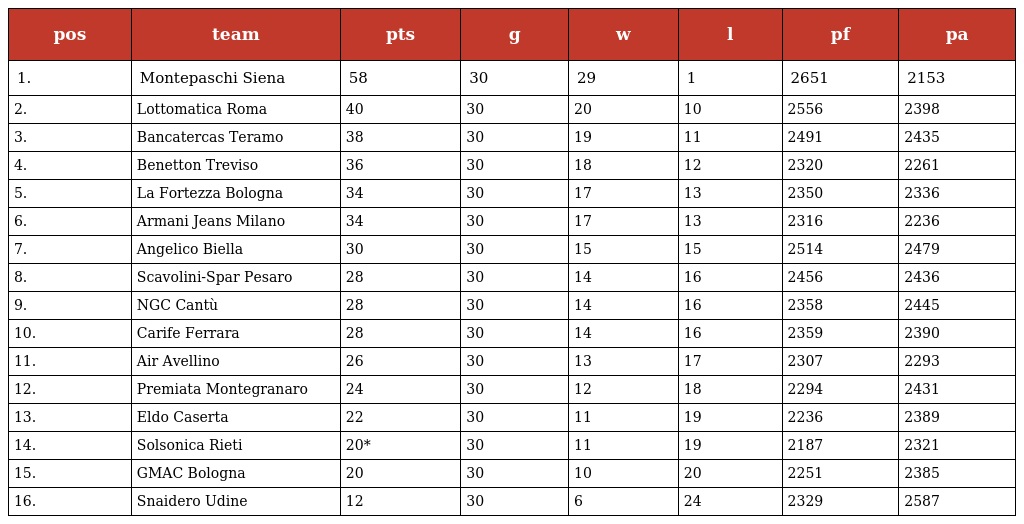
| pos | team | pts | g | w | l | pf | pa |
 | --- | --- | --- | --- | --- | --- | --- | --- |
 | 1. | Montepaschi Siena | 58 | 30 | 29 | 1 | 2651 | 2153 |
 | 2. | Lottomatica Roma | 40 | 30 | 20 | 10 | 2556 | 2398 |
 | 3. | Bancatercas Teramo | 38 | 30 | 19 | 11 | 2491 | 2435 |
 | 4. | Benetton Treviso | 36 | 30 | 18 | 12 | 2320 | 2261 |
 | 5. | La Fortezza Bologna | 34 | 30 | 17 | 13 | 2350 | 2336 |
 | 6. | Armani Jeans Milano | 34 | 30 | 17 | 13 | 2316 | 2236 |
 | 7. | Angelico Biella | 30 | 30 | 15 | 15 | 2514 | 2479 |
 | 8. | Scavolini-Spar Pesaro | 28 | 30 | 14 | 16 | 2456 | 2436 |
 | 9. | NGC Cantù | 28 | 30 | 14 | 16 | 2358 | 2445 |
 | 10. | Carife Ferrara | 28 | 30 | 14 | 16 | 2359 | 2390 |
 | 11. | Air Avellino | 26 | 30 | 13 | 17 | 2307 | 2293 |
 | 12. | Premiata Montegranaro | 24 | 30 | 12 | 18 | 2294 | 2431 |
 | 13. | Eldo Caserta | 22 | 30 | 11 | 19 | 2236 | 2389 |
 | 14. | Solsonica Rieti | 20* | 30 | 11 | 19 | 2187 | 2321 |
 | 15. | GMAC Bologna | 20 | 30 | 10 | 20 | 2251 | 2385 |
 | 16. | Snaidero Udine | 12 | 30 | 6 | 24 | 2329 | 2587 |